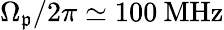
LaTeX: \Omega_{\mathfrak{p}}/2\pi\simeq100\: \mathrm{{MHz}}